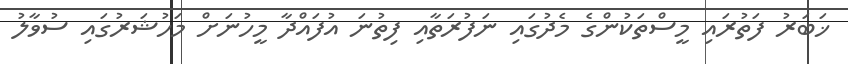
ޚަބަރު ފަތުރައި މީސްތަކުންގެ މެދުގައި ނަފުރަތާއި ފިތުނަ އުފައްދާ މީހުނަށް މަހުޝަރުގައި ސުވާލު